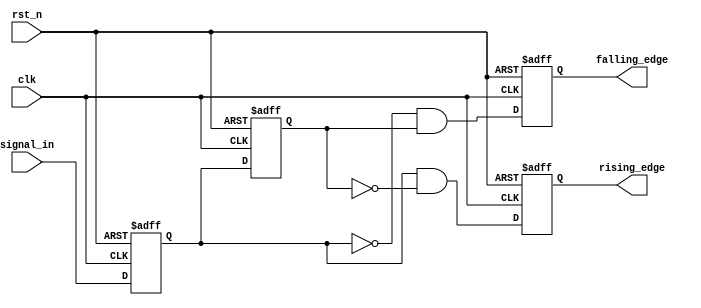
module glitch_free_edge_detector (
    input wire clk,                // Clock signal
    input wire rst_n,              // Asynchronous reset (active low)
    input wire signal_in,          // Input signal to monitor
    output reg rising_edge,        // Output signal for rising edge detection
    output reg falling_edge        // Output signal for falling edge detection
);

    reg current_state;             // Register to hold current state of signal_in
    reg prev_state;                // Register to hold previous state of signal_in

    // Asynchronous reset and state update on clock edge
    always @(posedge clk or negedge rst_n) begin
        if (!rst_n) begin
            current_state <= 1'b0;  // Initialize current state to 0 on reset
            prev_state <= 1'b0;     // Initialize previous state to 0 on reset
            rising_edge <= 1'b0;     // Initialize rising edge output
            falling_edge <= 1'b0;    // Initialize falling edge output
        end else begin
            // Update the previous state to current state
            prev_state <= current_state;
            // Update current state to the input signal
            current_state <= signal_in;

            // Edge detection logic
            rising_edge <= (current_state && !prev_state);   // Rising edge detected
            falling_edge <= (!current_state && prev_state);  // Falling edge detected
        end
    end

endmodule